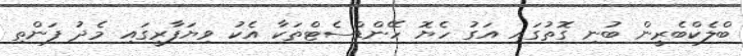
ބްލެކްބެރީން ބުނި ގޮތުގައި އަގު ހެޔޮ ހޭންޑްސެޓްތަކާ އެކު ވިޔަފާރީގައި މެދު ފަންތި